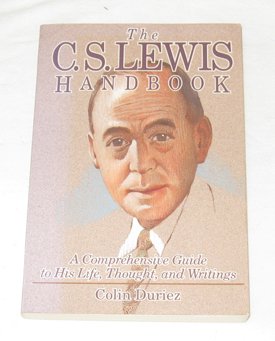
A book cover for The C.S. Lewis Handbook:  A Comprehensive Guide to His Life, Thought, and Writings; Colin Duriez; Reference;